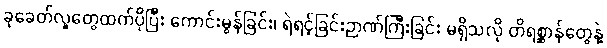
ခုခေတ်လူတွေထက်ပိုပြီး ကောင်းမွန်ခြင်း၊ ရဲရင့်ခြင်းဉာဏ်ကြီးခြင်း မရှိသလို တိရစ္ဆာန်တွေနဲ့